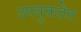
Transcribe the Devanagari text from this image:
उपयुक्ततेत